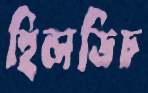
হিলডিচ